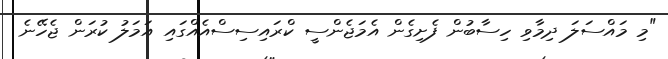
"މި މައްސަލަ ދިމާވި ހިސާބުން ފެށިގެން އެމަޖެންސީ ކްރައިސިސްއެއްގައި އަމަލު ކުރަން ޖެހޭނެ